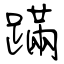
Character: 蹣